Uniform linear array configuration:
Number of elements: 12
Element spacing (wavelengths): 0.75
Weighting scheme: blackman
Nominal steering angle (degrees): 15
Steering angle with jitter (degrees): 16.907
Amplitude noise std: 0.05
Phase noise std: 0.05

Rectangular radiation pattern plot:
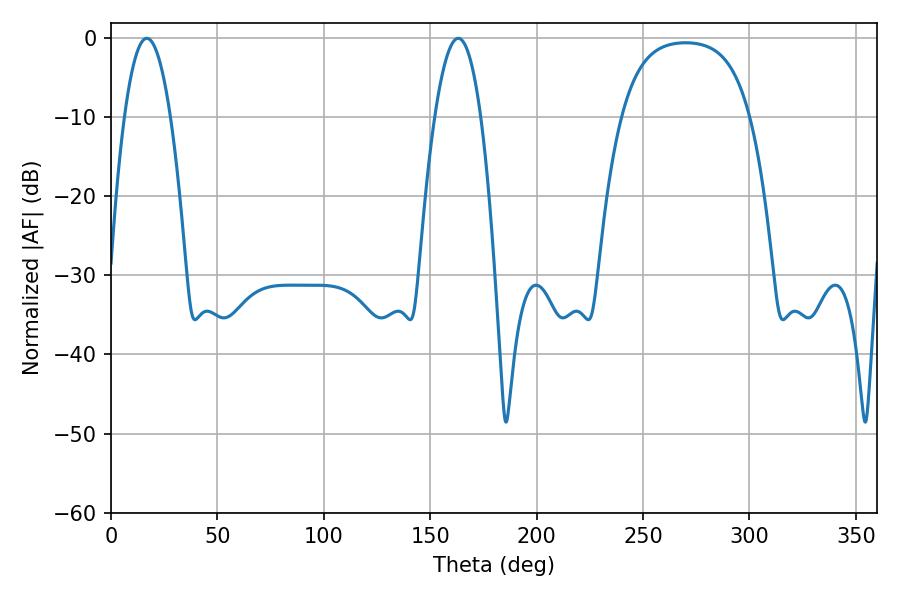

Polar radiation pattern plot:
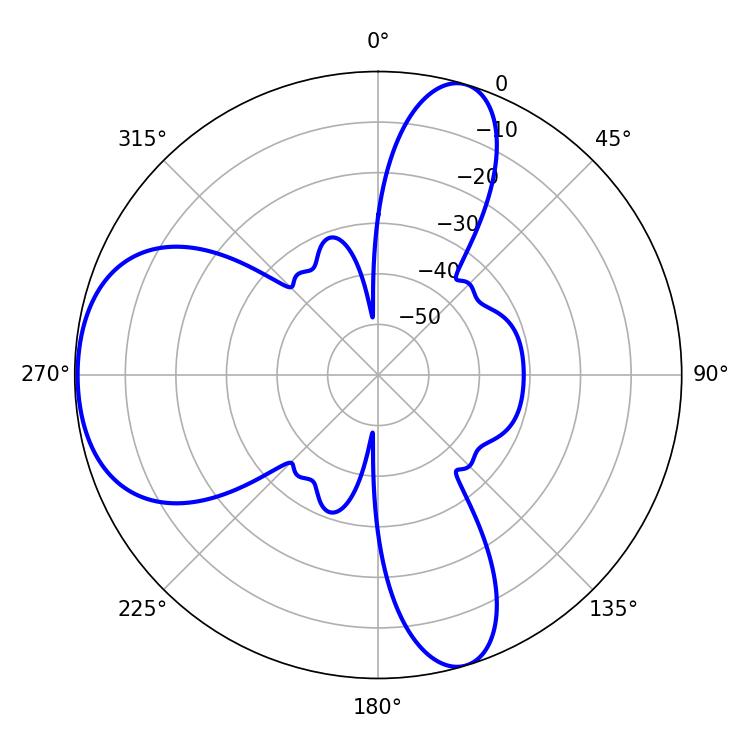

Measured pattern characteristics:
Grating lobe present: TRUE
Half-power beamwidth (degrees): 11.88
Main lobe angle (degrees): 16.74